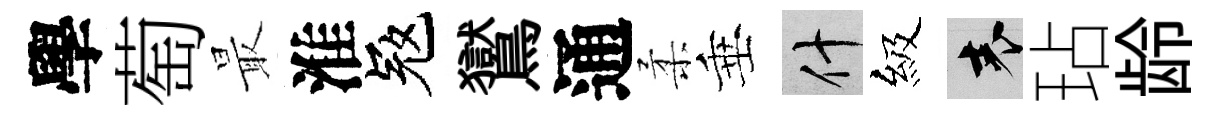
學萄最淮冦鸑通柔垂什級表玷龄